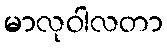
မာလုဝါလတာ